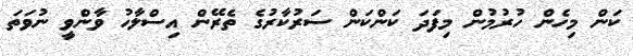
ކަން މިހެން ހުރުމުން މިފަދަ ކަންކަން ސަރުކާރުގެ ތެރޭން އިސްލާހު ވާންވީ ނުވަތަ